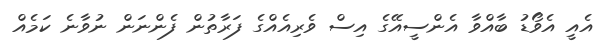
އެއީ އެވޯޑު ބާއްވާ އެންސީއޭގެ އިސް ވެރިއެއްގެ ފަރާތުން ފެންނަން ނުވާނެ ކަމެއް